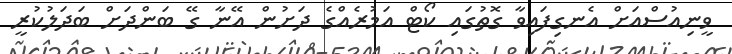
ވީނިއުސްއަށް އެނގިފައިވާ ގޮތުގައި ކޯޓް އަމުރެއްގެ ދަށުން އޭނާ ގޭ ބަންދަށް ބަދަލުކުރީ